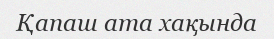
Қапаш ата хақында